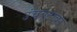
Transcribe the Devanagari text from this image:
उंचवटावर